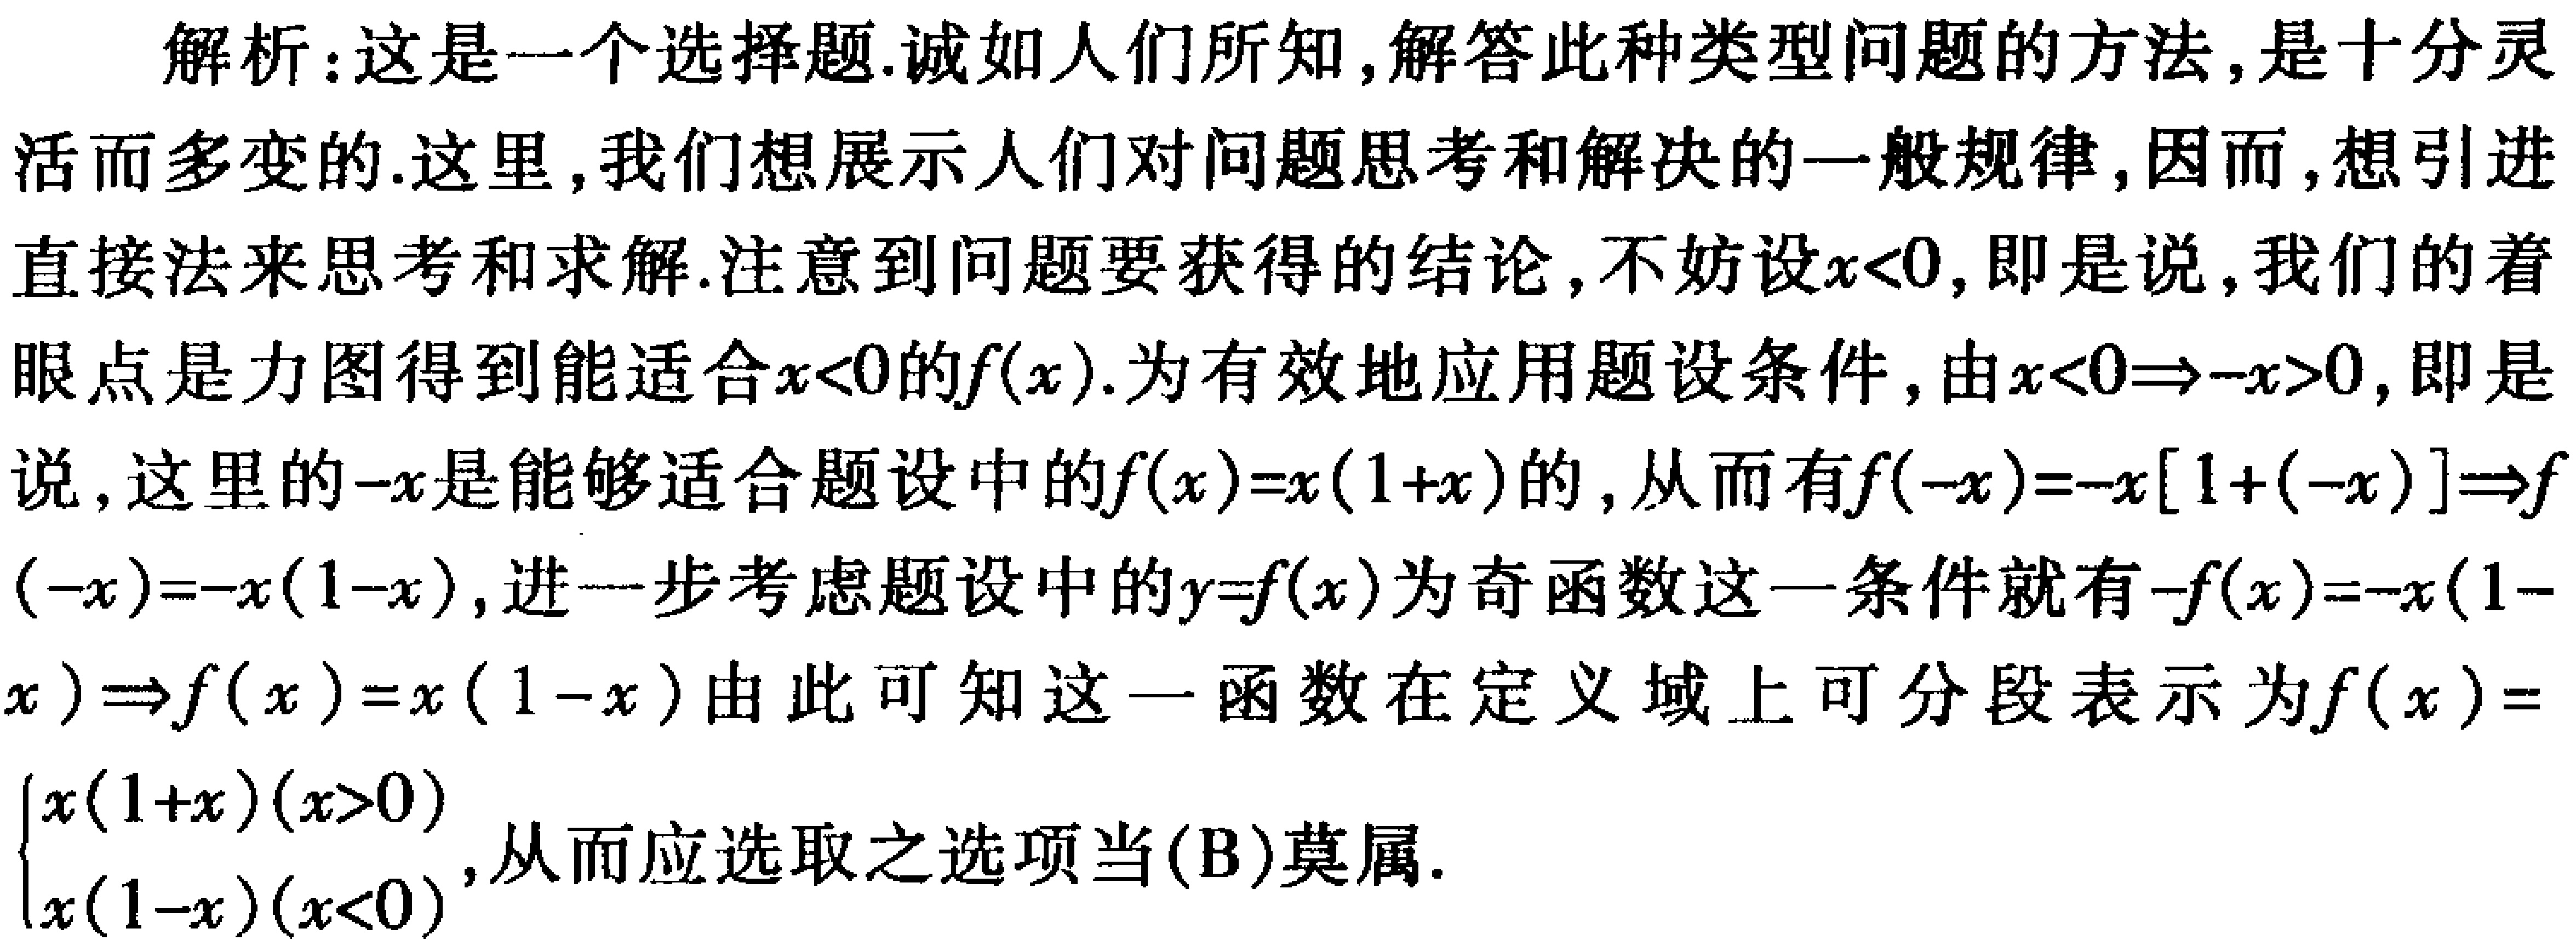
解析：这是一个选择题.诚如人们所知,解答此种类型问题的方法,是十分灵活而多变的.这里,我们想展示人们对问题思考和解决的一般规律,因而,想引进直接法来思考和求解.注意到问题要获得的结论,不妨设\(x<0\),即是说,我们的着眼点是力图得到能适合\(x<0\)的\(f(x)\).为有效地应用题设条件,由\(x<0\Rightarrow -x>0\),即是说,这里的\(-x\)是能够适合题设中的\(f(x)=x(1 + x)\)的,从而有\(f(-x)=-x[1+(-x)]\Rightarrow f(-x)=-x(1 - x)\),进一步考虑题设中的\(y = f(x)\)为奇函数这一条件就有\(-f(x)=-x(1 - x)\Rightarrow f(x)=x(1 - x)\)由此可知这一函数在定义域上可分段表示为\(f(x)=\begin{cases}x(1 + x)&(x>0)\\x(1 - x)&(x<0)\end{cases}\),从而应选取之选项当(B)莫属.